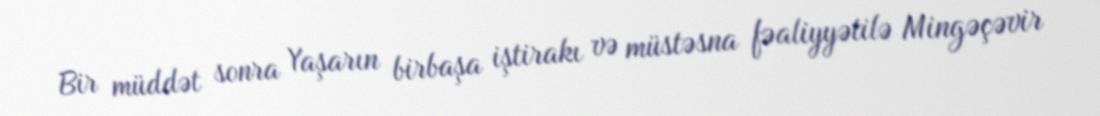
Bir müddət sonra Yaşarın birbaşa iştirakı və müstəsna fəaliyyətilə Mingəçəvir